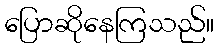
ပြောဆိုနေကြသည်။